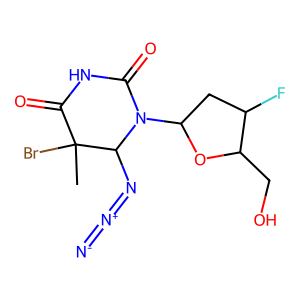
SMILES: CC1(Br)C(=O)NC(=O)N(C2CC(F)C(CO)O2)C1N=[N+]=[N-]
Inhibits HIV replication: Yes